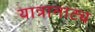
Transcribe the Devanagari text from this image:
यात्रानाट्य